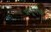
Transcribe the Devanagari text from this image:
प्रभूंमध्ये